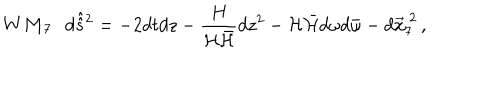
{ \bf W M _ { 7 } } \, \, \, \, d \hat { \hat { s } } { } ^ { 2 } = - 2 d t d z - \frac { H } { { \cal H } \bar { \cal H } } d z ^ { 2 } - { \cal H } \bar { \cal H } d \omega d \bar { \omega } - d \vec { x } _ { 7 } ^ { \ 2 } \, ,